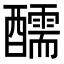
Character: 醹